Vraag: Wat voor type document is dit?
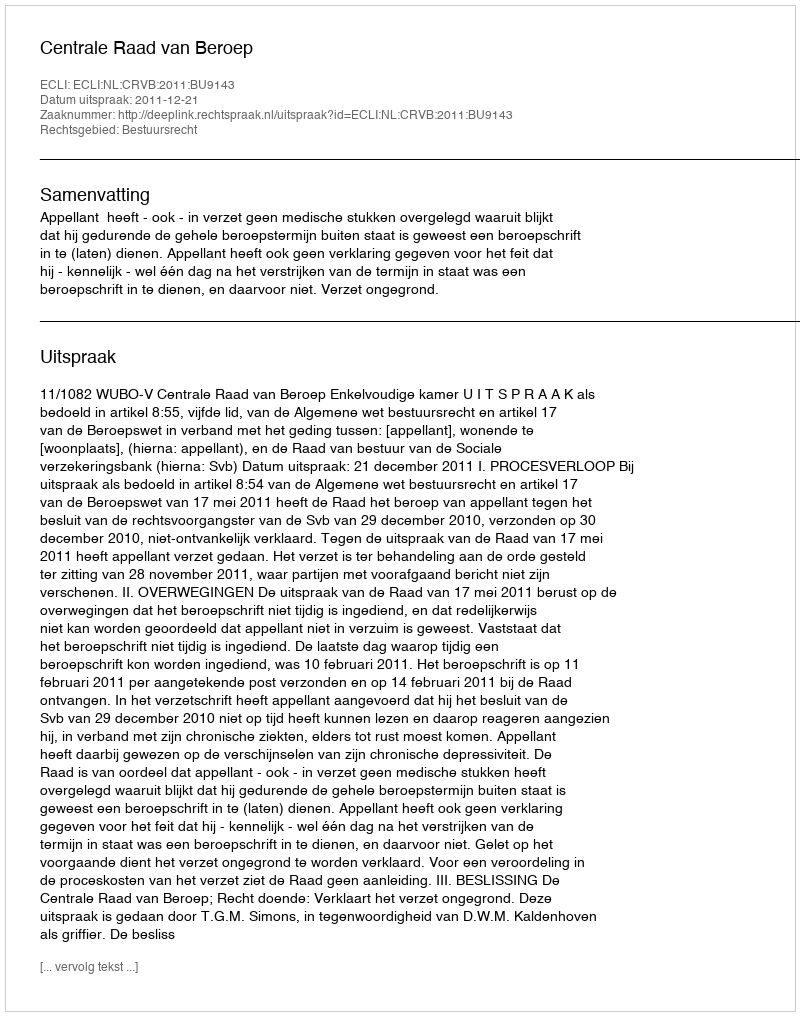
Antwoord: Uitspraak